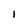
Character: 1